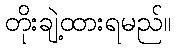
တိုးချဲ့ထားရမည်။